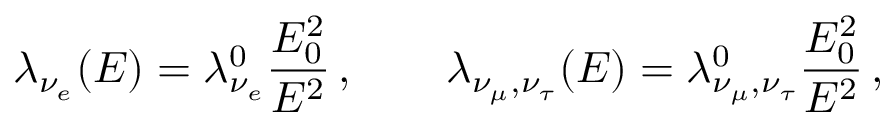
\lambda _ { \nu _ { e } } ( E ) = \lambda _ { \nu _ { e } } ^ { 0 } \frac { E _ { 0 } ^ { 2 } } { E ^ { 2 } } \, , \qquad \lambda _ { \nu _ { \mu } , \nu _ { \tau } } ( E ) = \lambda _ { \nu _ { \mu } , \nu _ { \tau } } ^ { 0 } \frac { E _ { 0 } ^ { 2 } } { E ^ { 2 } } \, ,